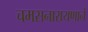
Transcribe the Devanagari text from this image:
चमसनारायणानें